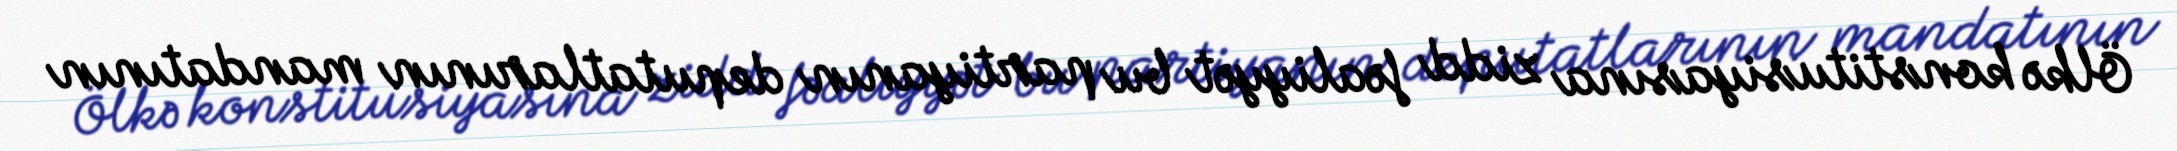
Ölkə konstitusiyasına zidd fəaliyyət bu partiyanın deputatlarının mandatının